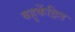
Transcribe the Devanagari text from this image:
बहुकेंद्रित